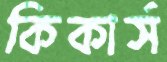
কিকার্স